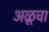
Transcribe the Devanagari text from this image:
अळूचा